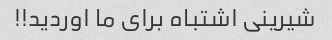
شیرینی اشتباه برای ما اوردید!!